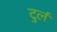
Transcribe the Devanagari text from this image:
टुर्ल